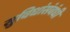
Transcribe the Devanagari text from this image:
सुविधांसंबंधी